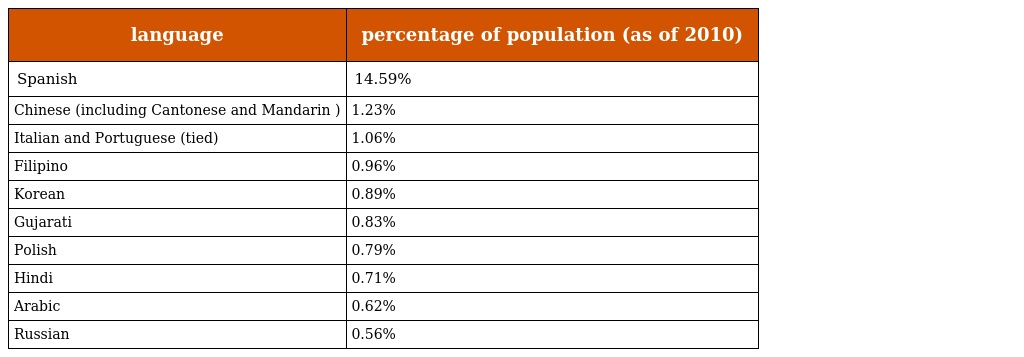
| language | percentage of population (as of 2010) |
 | --- | --- |
 | Spanish | 14.59% |
 | Chinese (including Cantonese and Mandarin ) | 1.23% |
 | Italian and Portuguese (tied) | 1.06% |
 | Filipino | 0.96% |
 | Korean | 0.89% |
 | Gujarati | 0.83% |
 | Polish | 0.79% |
 | Hindi | 0.71% |
 | Arabic | 0.62% |
 | Russian | 0.56% |